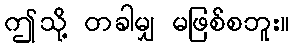
ဤသို့ တခါမျှ မဖြစ်စဘူး။